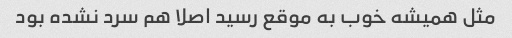
مثل همیشه خوب به موقع رسید اصلا هم سرد نشده بود